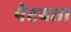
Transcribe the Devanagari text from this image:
पेटवता